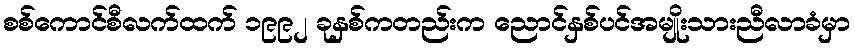
စစ်ကောင်စီလက်ထက် ၁၉၉၂ ခုနှစ်ကတည်းက ညောင်နှစ်ပင်အမျိုးသားညီလာခံမှာ